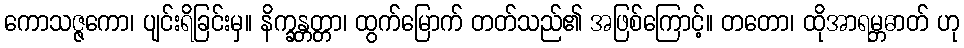
ကောသဇ္ဇကော၊ ပျင်းရိခြင်းမှ။ နိက္ခန္တတ္တာ၊ ထွက်မြောက် တတ်သည်၏ အဖြစ်ကြောင့်။ တတော၊ ထိုအာရမ္ဘဓာတ် ဟု